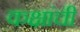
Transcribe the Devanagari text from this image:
कक्षांची